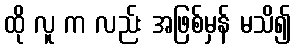
ထို လူ က လည်း အဖြစ်မှန် မသိ၍